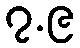
၇.၉